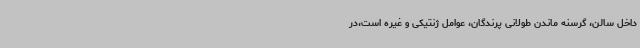
داخل سالن، گرسنه ماندن طولانی پرندگان، عوامل ژنتیکی و غیره است،در